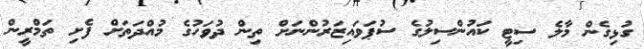
ގުޅިގެން މާލެ ސިޓީ ކައުންސިލުގެ ސުޕަވައިޒަރުންނަށް ތިން ދުވަހުގެ މުއްދަތަށް ފެށި ތަމްރީން